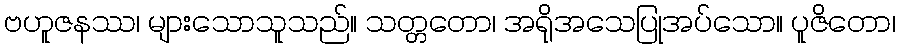
ဗဟူဇနဿ၊ များသောသူသည်။ သတ္တတော၊ အရိုအသေပြုအပ်သော။ ပူဇိတော၊